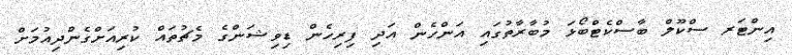
އިންޓަރ ސްކޫލް ބާސްކެޓްބޯޅަ މުބާރާތުގައި އަންހެން އަދި ފިރިހެން ޑިވިޝަންގެ މެޗުތައް ކުރިއަށްގެންދިއުމަށް